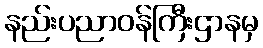
နည်းပညာဝန်ကြီးဌာနမှ